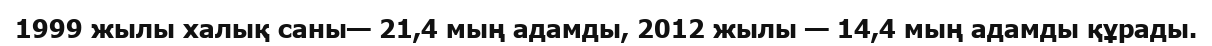
1999 жылы халық саны— 21,4 мың адамды, 2012 жылы — 14,4 мың адамды құрады.